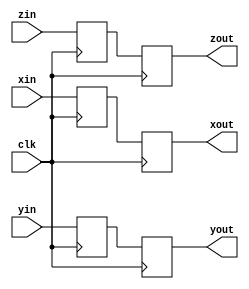
module vectdelay29x2 (xin, yin, zin, xout, yout, zout, clk);
    input[29 - 1:0] xin; 
    input[29 - 1:0] yin; 
    input[29 - 1:0] zin; 
    output[29 - 1:0] xout; 
    wire[29 - 1:0] xout;
    output[29 - 1:0] yout; 
    wire[29 - 1:0] yout;
    output[29 - 1:0] zout; 
    wire[29 - 1:0] zout;
    input clk; 
    reg[29 - 1:0] bufferx0; 
    reg[29 - 1:0] bufferx1; 
    reg[29 - 1:0] buffery0; 
    reg[29 - 1:0] buffery1; 
    reg[29 - 1:0] bufferz0; 
    reg[29 - 1:0] bufferz1; 
    assign xout = bufferx1 ;
    assign yout = buffery1 ;
    assign zout = bufferz1 ;
    always @(posedge clk)
    begin
       bufferx0 <= xin ; 
       buffery0 <= yin ; 
       bufferz0 <= zin ; 
       bufferx1 <= bufferx0 ; 
       buffery1 <= buffery0 ; 
       bufferz1 <= bufferz0 ; 
    end 
 endmodule